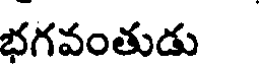
భగవంతుడు